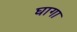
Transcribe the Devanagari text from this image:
घागा